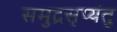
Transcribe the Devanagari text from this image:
समुद्रसृप्यंतु